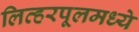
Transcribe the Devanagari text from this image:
लिव्हरपूलमध्ये